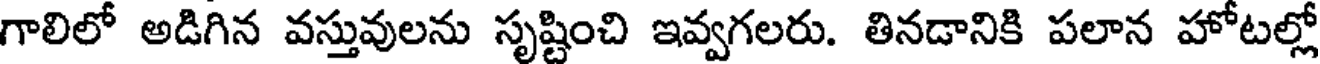
గాలిలో అడిగిన వస్తువులను సృష్టించి ఇవ్వగలరు. తినడానికి పలాన హోటల్లో